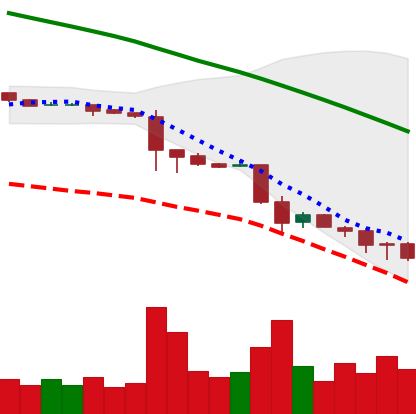
Ticker: ETC-USD
Chart end date: 2018-11-26
Forward return: 12.448%
Label: up_7plus